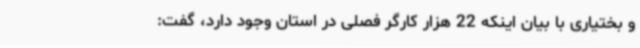
و بختیاری با بیان اینکه 22 هزار کارگر فصلی در استان وجود دارد، گفت: